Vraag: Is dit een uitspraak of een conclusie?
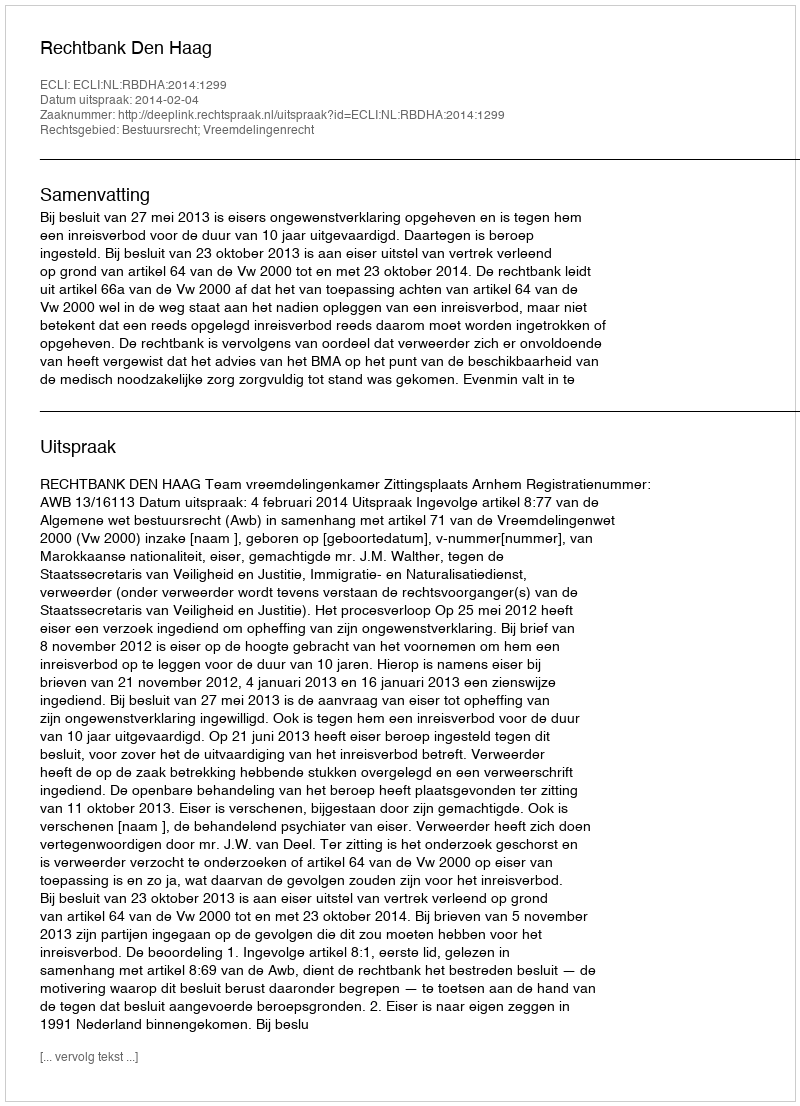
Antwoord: Uitspraak